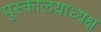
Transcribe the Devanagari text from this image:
पुस्कालयाध्यक्ष